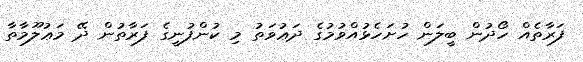
ފަރާތެއް ހޯދުން ބީލަން ހުށަހެޅުއްވުމުގެ ދަޢުވަތު މި ކުންފުނީގެ ފަރާތުން ދޭ މަޢުލޫމާތާ